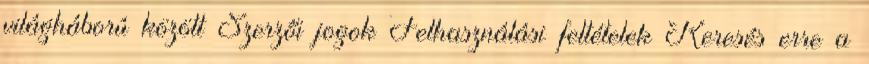
világháború között Szerzői jogok Felhasználási feltételek Keresés erre a